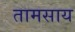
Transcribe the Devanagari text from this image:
तामसाय